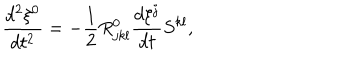
\frac { d ^ { 2 } \xi ^ { 0 } } { d t ^ { 2 } } = - \frac { 1 } { 2 } R _ { j k l } ^ { 0 } \frac { d \xi ^ { j } } { d t } S ^ { k l } ,